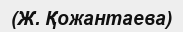
(Ж. Қожантаева)